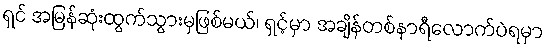
ရှင် အမြန်ဆုံးထွက်သွားမှဖြစ်မယ်၊ ရှင့်မှာ အချိန်တစ်နာရီလောက်ပဲရမှာ